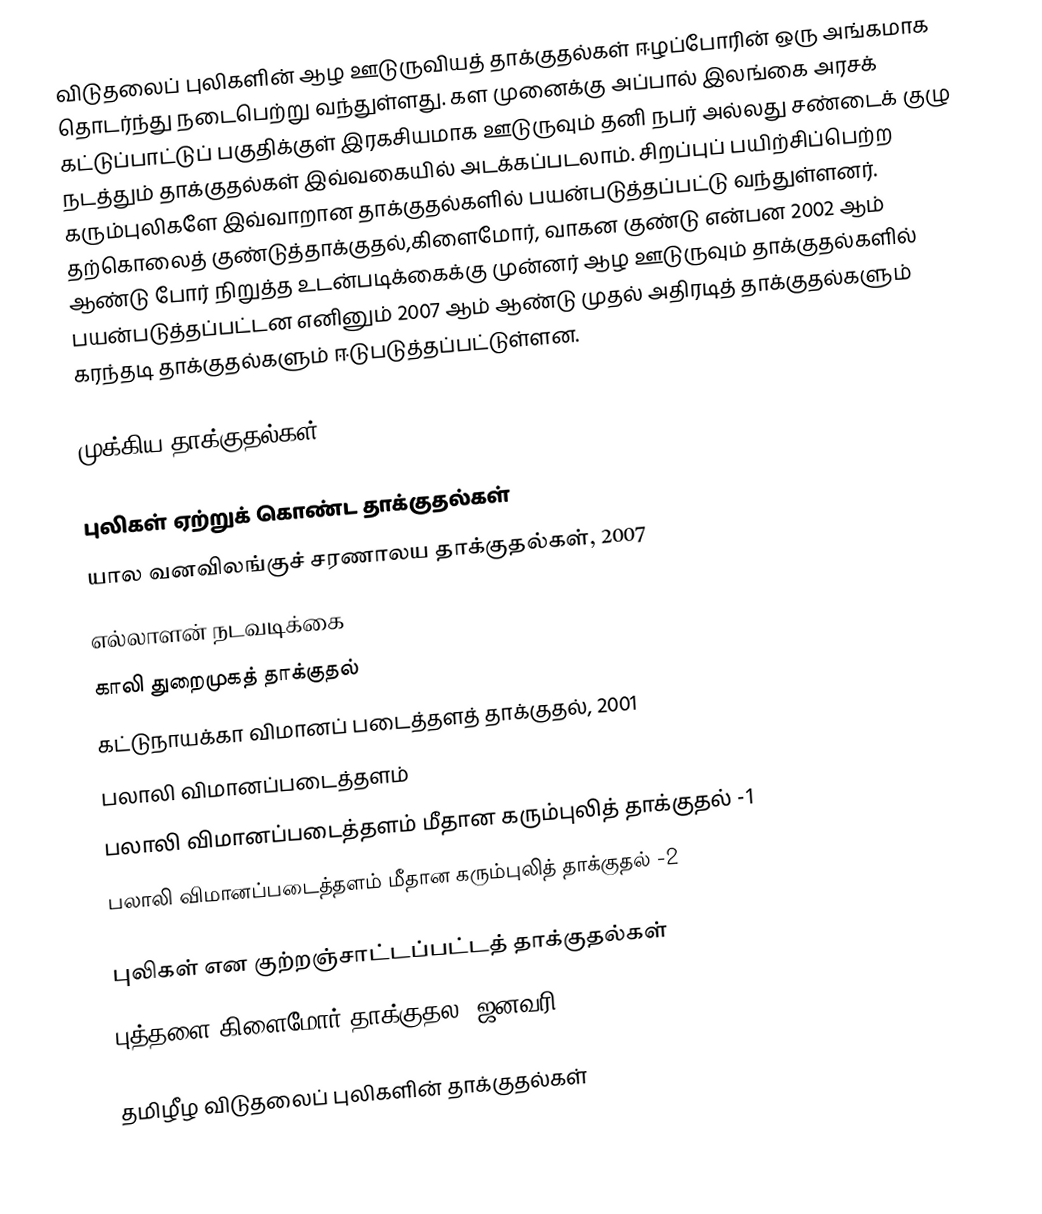
விடுதலைப் புலிகளின் ஆழ ஊடுருவியத் தாக்குதல்கள் ஈழப்போரின் ஒரு அங்கமாக தொடர்ந்து நடைபெற்று வந்துள்ளது. கள முனைக்கு அப்பால் இலங்கை அரசக்  கட்டுப்பாட்டுப் பகுதிக்குள் இரகசியமாக ஊடுருவும் தனி நபர் அல்லது சண்டைக் குழு நடத்தும் தாக்குதல்கள் இவ்வகையில் அடக்கப்படலாம். சிறப்புப் பயிற்சிப்பெற்ற கரும்புலிகளே இவ்வாறான தாக்குதல்களில் பயன்படுத்தப்பட்டு வந்துள்ளனர். தற்கொலைத் குண்டுத்தாக்குதல்,கிளைமோர், வாகன குண்டு என்பன  2002 ஆம் ஆண்டு போர் நிறுத்த உடன்படிக்கைக்கு முன்னர் ஆழ ஊடுருவும் தாக்குதல்களில் பயன்படுத்தப்பட்டன எனினும் 2007 ஆம் ஆண்டு முதல் அதிரடித் தாக்குதல்களும் கரந்தடி தாக்குதல்களும் ஈடுபடுத்தப்பட்டுள்ளன.

முக்கிய தாக்குதல்கள்

புலிகள் ஏற்றுக் கொண்ட தாக்குதல்கள்
யால வனவிலங்குச் சரணாலய தாக்குதல்கள், 2007
எல்லாளன் நடவடிக்கை
காலி துறைமுகத் தாக்குதல்
கட்டுநாயக்கா விமானப் படைத்தளத் தாக்குதல், 2001
பலாலி விமானப்படைத்தளம்
பலாலி விமானப்படைத்தளம் மீதான கரும்புலித் தாக்குதல் -1
பலாலி விமானப்படைத்தளம் மீதான கரும்புலித் தாக்குதல் -2

புலிகள் என குற்றஞ்சாட்டப்பட்டத் தாக்குதல்கள்
புத்தளை கிளைமோர் தாக்குதல, ஜனவரி 2007

தமிழீழ விடுதலைப் புலிகளின் தாக்குதல்கள்